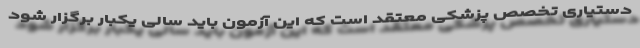
دستیاری تخصص پزشکی معتقد است که این آزمون باید سالی یکبار برگزار شود